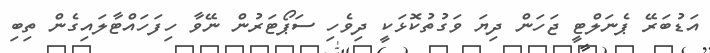
އަޑުބަރޭ ޕެނަލްޓީ ޖަހަން ދިޔަ ވަގުތުކޮޅަކީ ދިވެހި ސަޕޯޓަރުން ނޭވާ ހިފަހައްޓާލައިގެން ތިބި